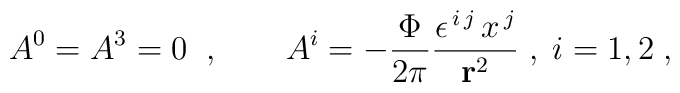
A^{0}=A^{3}=0\;\;,\qquad A^{i}=-\frac{\Phi }{2\pi }\frac{\epsilon^{\,i\,j}\,x^{\,j}}{{\bf r}^{2}}\;,\;i=1,2\;,